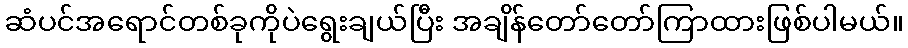
ဆံပင်အရောင်တစ်ခုကိုပဲရွေးချယ်ပြီး အချိန်တော်တော်ကြာထားဖြစ်ပါမယ်။